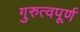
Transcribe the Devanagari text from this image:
गुरुत्वपूर्ण